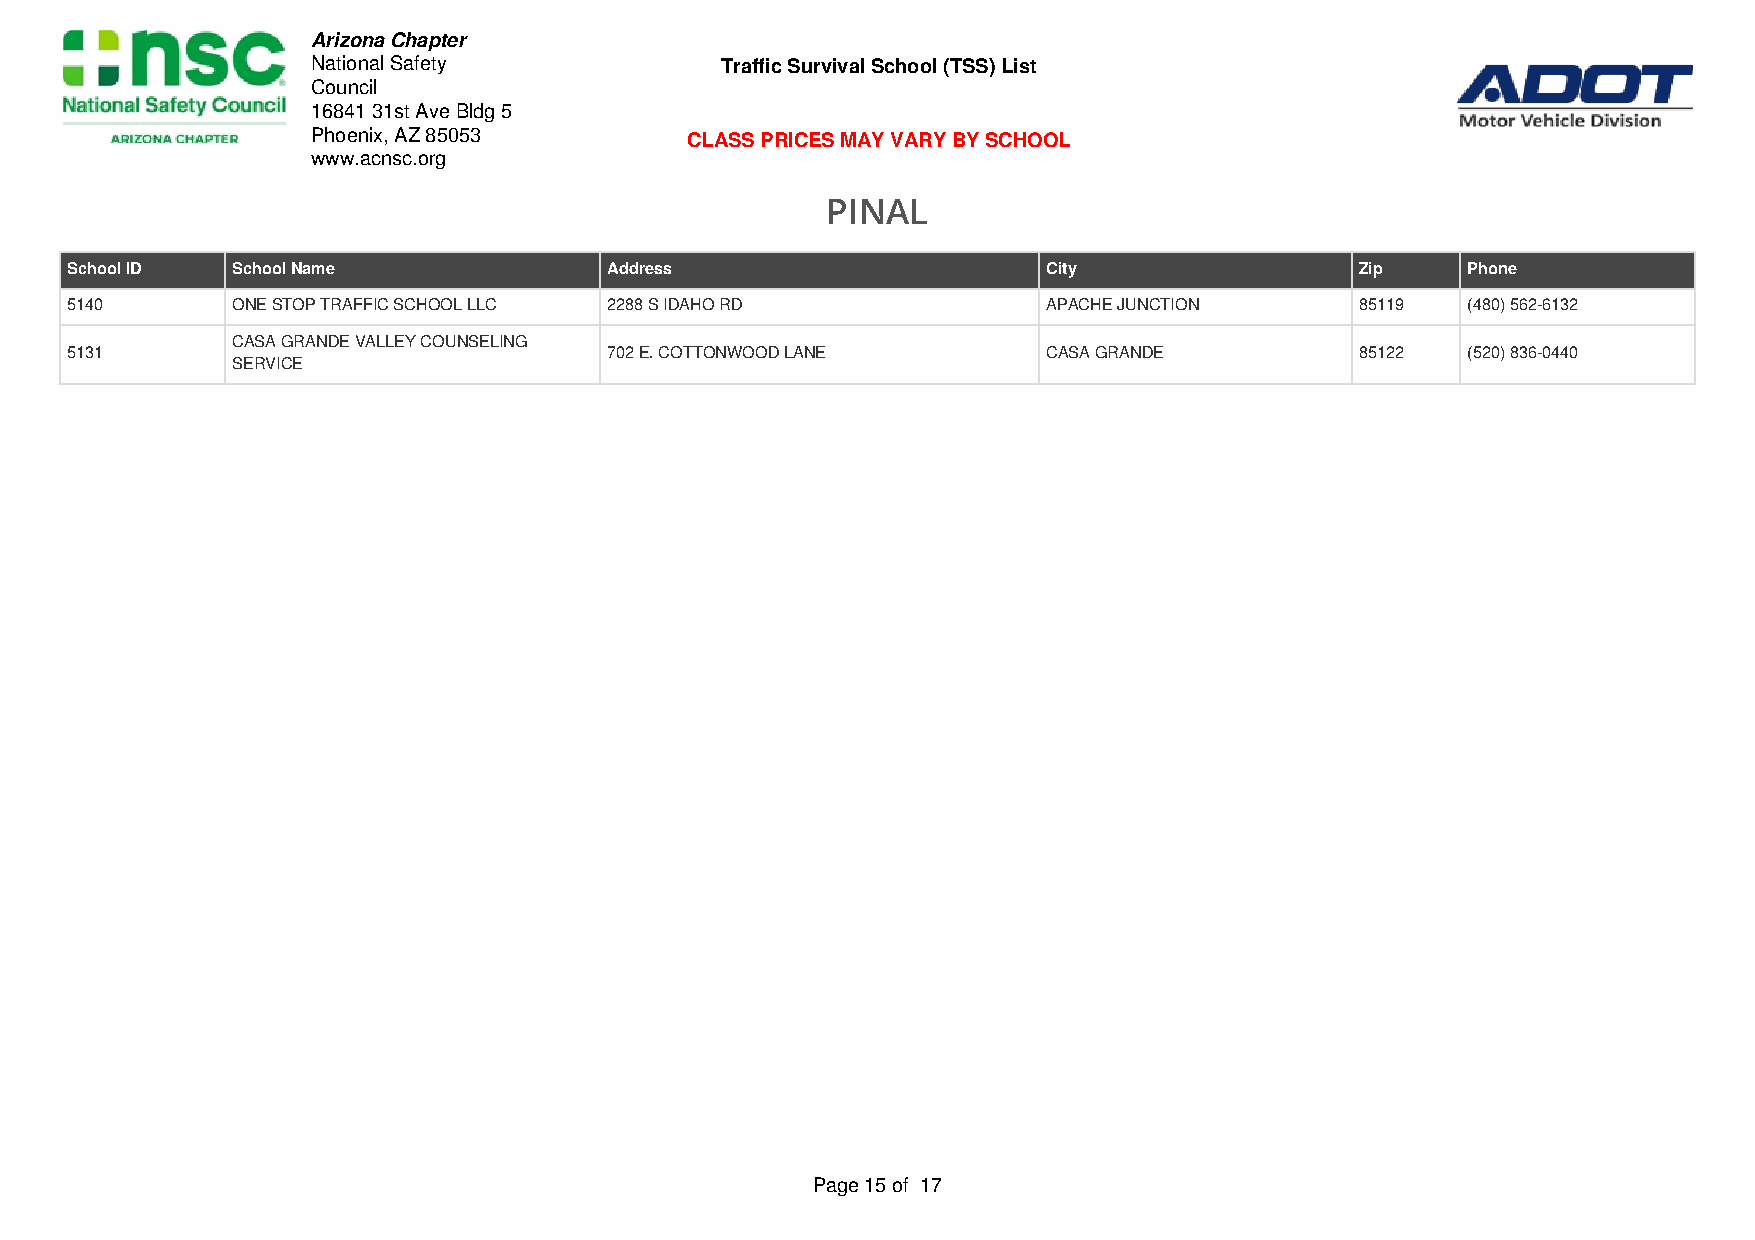
Arizona Chapter
 National Safety            Traffic Survival School (TSS) List
 Council
 16841 31st Ave Bldg 5
 Phoenix, AZ 85053       CLASS PRICES MAY VARY BY SCHOOL
 www.acnsc.org
 PINAL
 School ID  School Name              Address                      City                 Zip    Phone
 5140       ONE STOP TRAFFIC SCHOOL LLC 2288 S IDAHO RD           APACHE JUNCTION      85119  (480) 562-6132
 CASA GRANDE VALLEY COUNSELING
 5131                                702 E. COTTONWOOD LANE       CASA GRANDE          85122  (520) 836-0440
 SERVICE
 Page 15 of 17